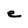
Character: e